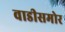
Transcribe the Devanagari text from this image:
वाडीसमोर